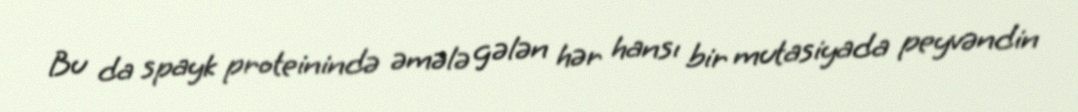
Bu da spayk proteinində əmələ gələn hər hansı bir mutasiyada peyvəndin